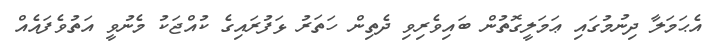
އެޙަމަލާ ދިނުމުގައި ޢަމަލީގޮތުން ބައިވެރިވި ދެތިން ހަތަރު ޅަފުރައިގެ ކުއްޖަކު މެނުވީ އަތުވެފައެއް